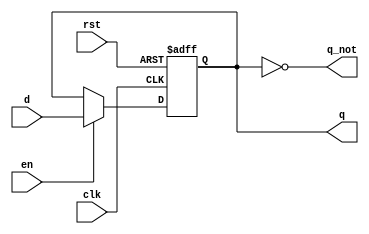
module enardff(
	input wire d,
	input wire clk,
	input wire rst,
	input wire en,
	output reg q,
	output wire q_not
);
	
	always @(posedge clk or posedge rst)
	
	begin
	
		if (rst)
			q <= 1'b0;
		else if (en)
			q <= d;
	end
	
	assign q_not = ~q;
	
endmodule